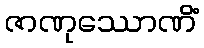
ဇာဏုဿောဏိံ